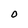
Character: O